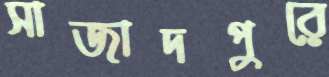
সাজাদপুরে